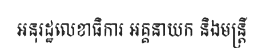
អនុរដ្ឋលេខាធិការ អគ្គនាយក និងមន្ត្រី